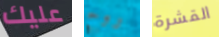
عليك روح القشرة